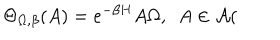
\Theta _ { \Omega , \beta } ( A ) = e ^ { - \beta H } A \Omega , \, \, \, A \in \mathcal { A } (